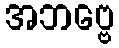
အဘဗ္ဗေ